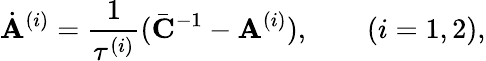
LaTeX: \dot{\mathbf{A}}^{(i)}=\frac{1}{\tau^{(i)}}(\bar{\mathbf{C}}^{-1}-\mathbf{A}^{(i)}),\quad\quad(i=1,2),